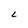
Character: L